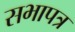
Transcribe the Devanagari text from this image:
सभापत्र